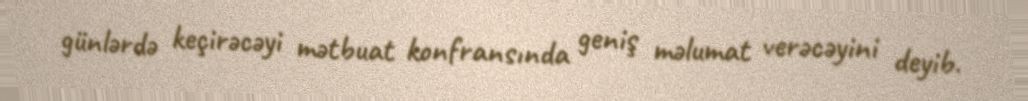
günlərdə keçirəcəyi mətbuat konfransında geniş məlumat verəcəyini deyib.